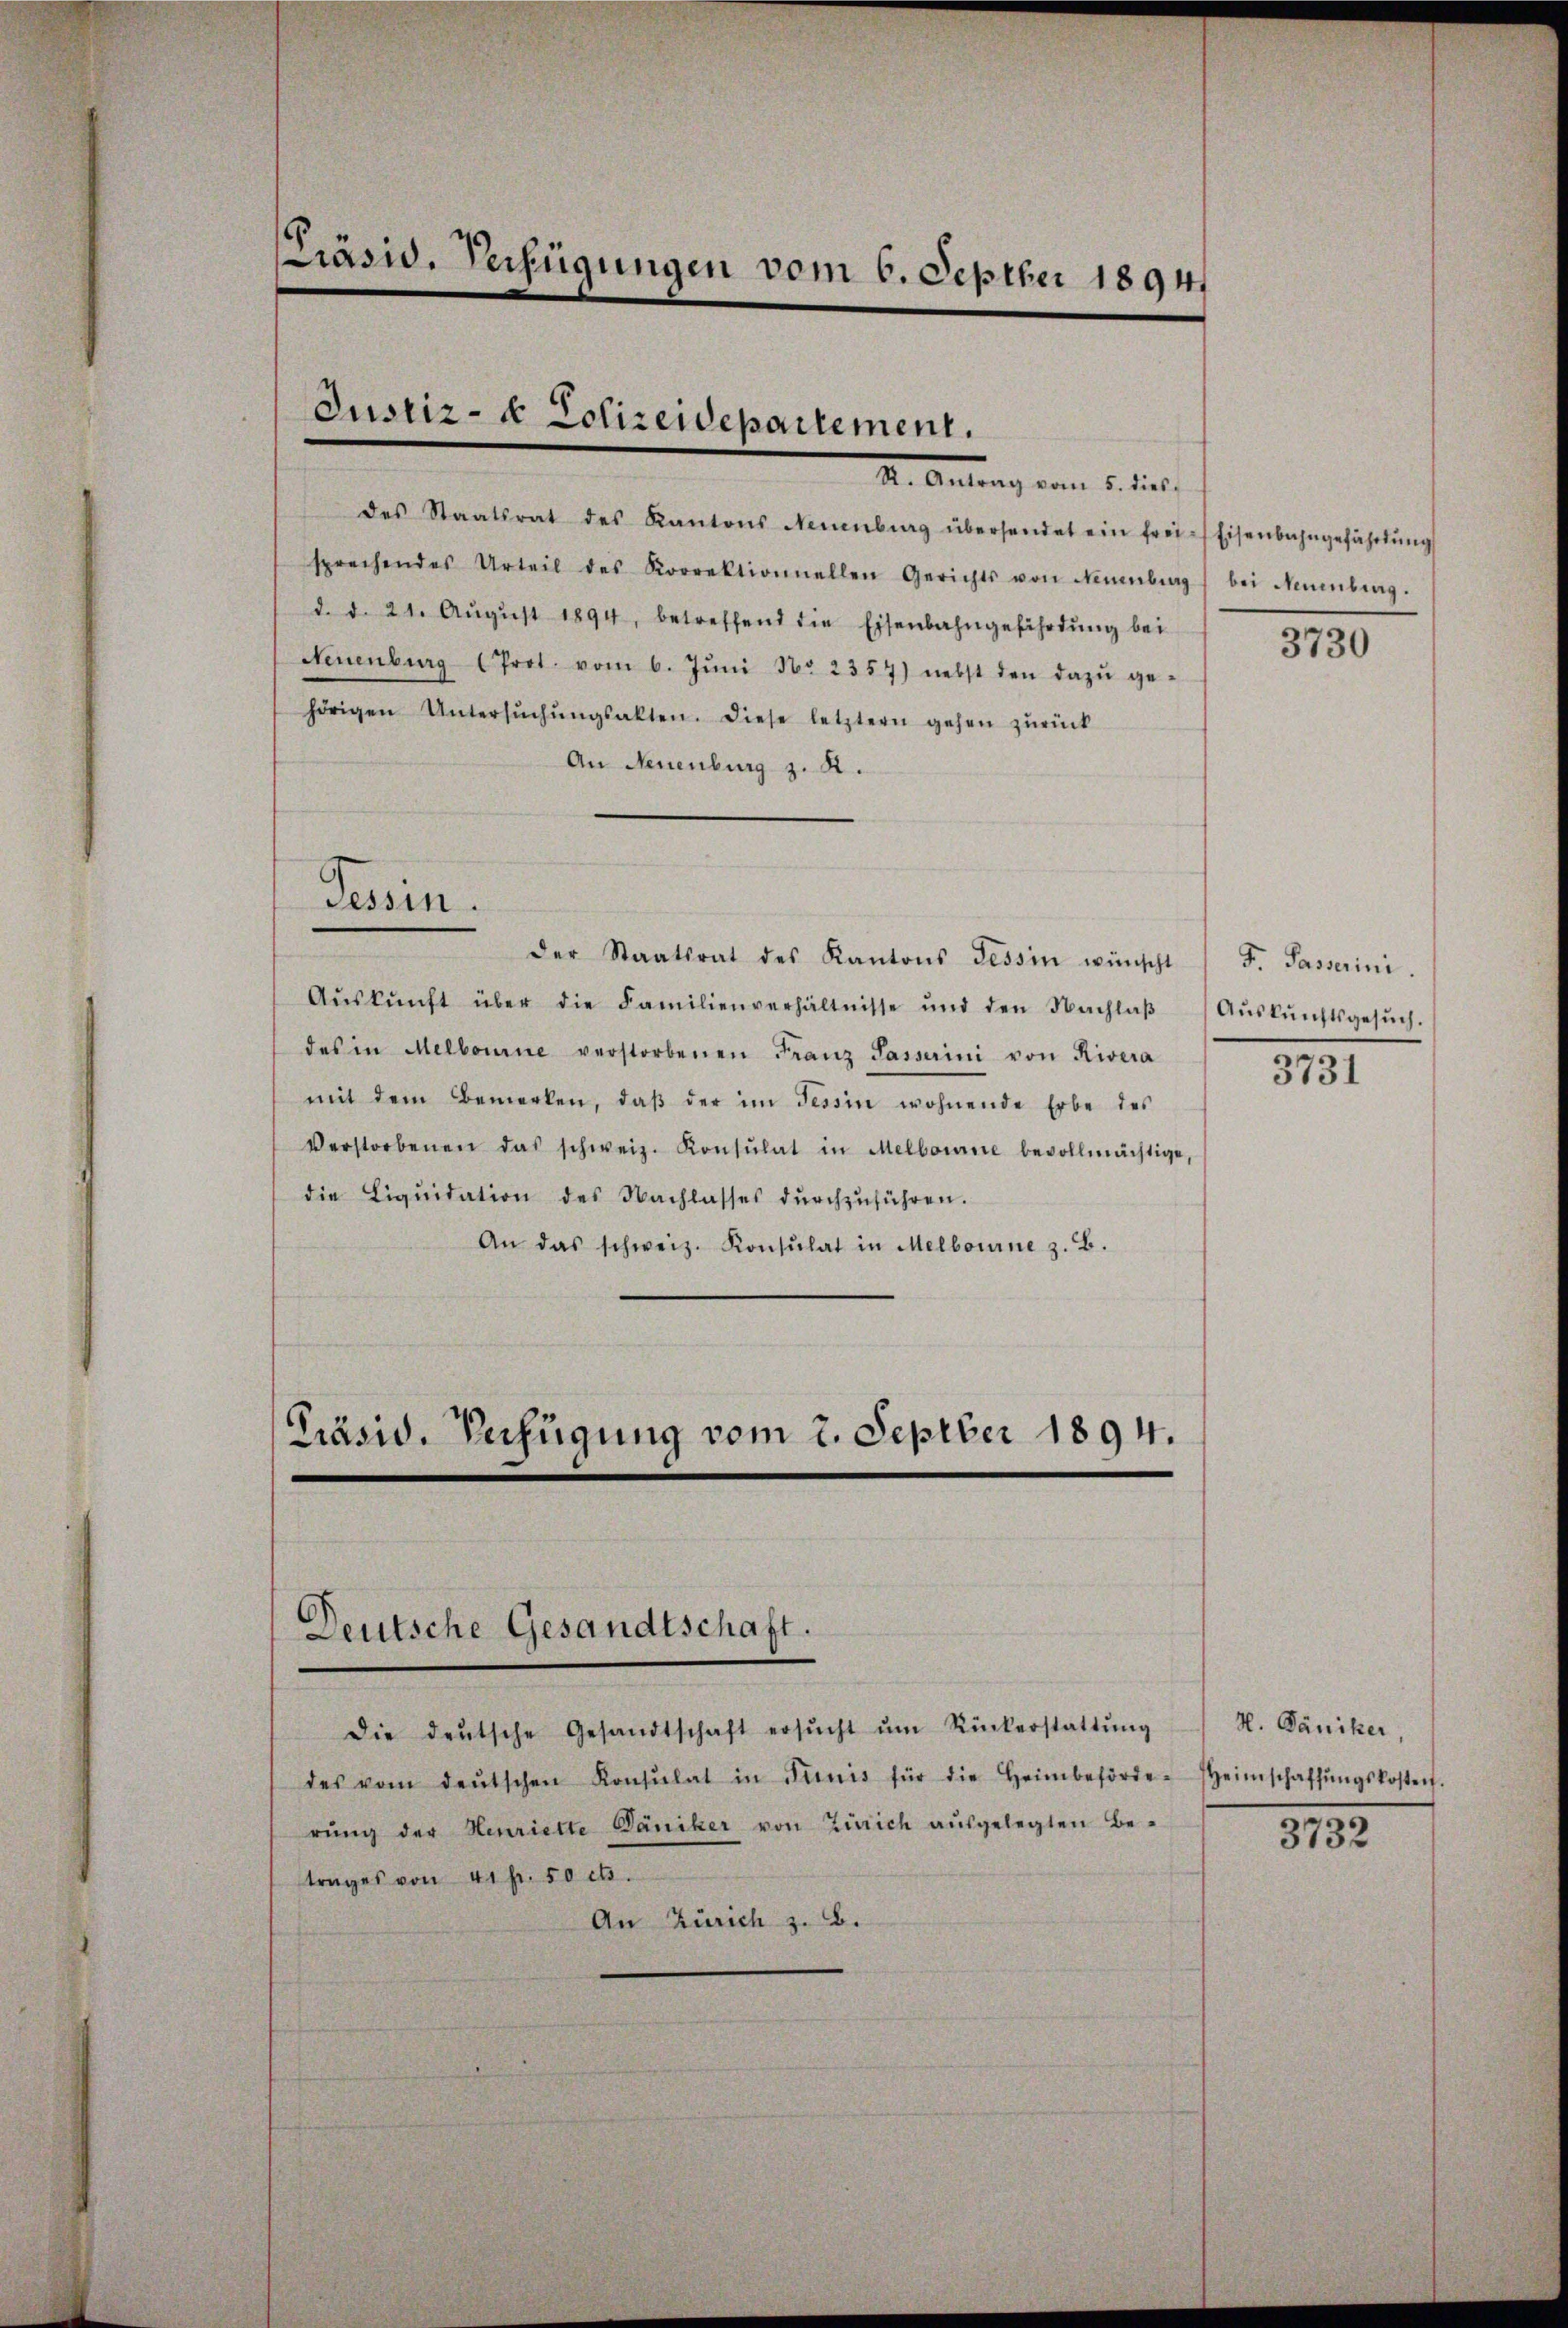
[Präsid. Verfügungen vom 6. Septber 1894

Justiz- & Polizeidepartement.
X. Antrag vom 5. dies

des Staatsrat des Kantons Neuenburg übersendet ein frei-Eisenbahngefährtŭng
sprechendes Urteil des Korrektionnellen Gerichts von Neuenburg bei Neuenburg.
d. d. 21. Aŭgŭst 1894, betreffend die Eisenbahngeführtŭng bei
Neuenburg (Prot. vom 6. Jŭni No 2357) nebst den dazŭ ge-
hörigen Untersŭchŭngsakten. Diese letztern gehen zŭrück
An Neuenburg z. R.

Tessin.

Präsid. Verfügung vom 2. Septber 1894.

Deutsche Gesandtschaft.

der Staatsrat des Kantons Tessin wünscht
Aŭskŭnft über die Familienverhältnisse und den Nachlaβ
des in Melbourne verstorbenen Franz Passerini von Rivera
mit dem Bemerken, daβ der im Tessin wohnende Erbe des
Verstorbenen das schweiz. Konsulat in Melbouine bevollmächtige,
die Liquidation des Nachlasses durchzuführen.
An das schweiz. Konsulat in Melbourne z. B.

Die deŭtsche Gesandtschaft ersŭcht ŭm Rückerstattŭng
des vom deŭtschen Konsulat in Firnis für die Heimbeförde-
rŭng der Henriette Däniker von Zürich ausgelegten Be-
trages von 41fr. 50 cts.
An Zürich z. B.

3730

F. Passerini.
Auskunftsgesuch.
3731

N. Däniker,
Heimschaffŭngskosten.
3732